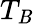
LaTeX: T_{\mathit{B}}